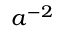
a ^ { - 2 }